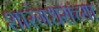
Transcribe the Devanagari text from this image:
शारंगधराच्या